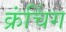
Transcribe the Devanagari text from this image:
क्रंचिंग